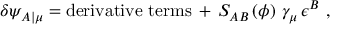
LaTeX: \delta \psi _ { A \vert \mu } = \mathrm { d e r i v a t i v e ~ t e r m s } \, + \, S _ { A B } \left( \phi \right) \, \gamma _ { \mu } \, \epsilon ^ { B } ~ ,